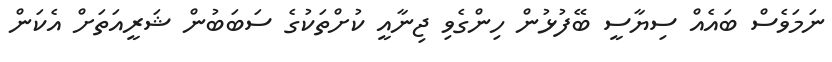
ނަމަވެސް ބައެއް ސިޔާސީ ބޭފުޅުން ހިންގެވި ޖިނާއީ ކުށްތަކުގެ ސަބަބުން ޝަރީއަތަށް އެކަން